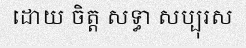
ដោយ ចិត្ត សទ្ធា សប្បុរស